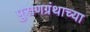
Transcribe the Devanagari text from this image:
पुराणग्रंथाच्या